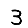
Digit: 3